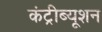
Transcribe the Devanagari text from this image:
कंट्रीब्यूशन